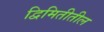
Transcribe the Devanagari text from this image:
द्विमितीतील